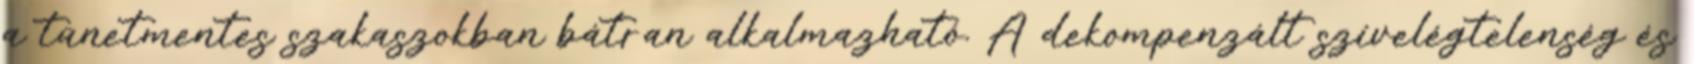
a tünetmentes szakaszokban bátran alkalmazható. A dekompenzált szívelégtelenség és